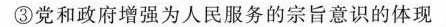
③党和政府增强为人民服务的宗旨意识的体现